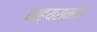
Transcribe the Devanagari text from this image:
बाह्यसमाज